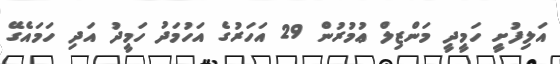
އަލިފުށީ ހަމީދީ މަންޒިލް ޢުމުރުން 29 އަހަރުގެ އަހުމަދު ހަމީދު އަދި ހަމައެގޭ